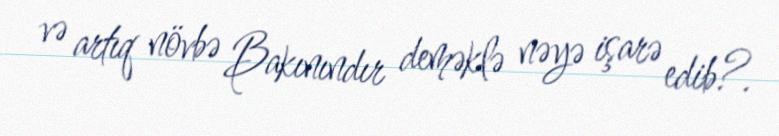
və artıq növbə Bakınındır deməklə nəyə işarə edib?.